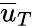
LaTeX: \overline{{u}}_{T}